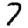
Digit: 7